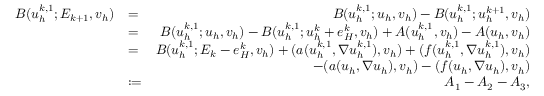
\begin{array} { r l r } { B ( u _ { h } ^ { k , 1 } ; E _ { k + 1 } , v _ { h } ) } & { = } & { B ( u _ { h } ^ { k , 1 } ; u _ { h } , v _ { h } ) - B ( u _ { h } ^ { k , 1 } ; u _ { h } ^ { k + 1 } , v _ { h } ) } \\ & { = } & { B ( u _ { h } ^ { k , 1 } ; u _ { h } , v _ { h } ) - B ( u _ { h } ^ { k , 1 } ; u _ { h } ^ { k } + e _ { H } ^ { k } , v _ { h } ) + A ( u _ { h } ^ { k , 1 } , v _ { h } ) - A ( u _ { h } , v _ { h } ) } \\ & { = } & { B ( u _ { h } ^ { k , 1 } ; E _ { k } - e _ { H } ^ { k } , v _ { h } ) + ( \boldsymbol { a } ( u _ { h } ^ { k , 1 } , \nabla u _ { h } ^ { k , 1 } ) , v _ { h } ) + ( f ( u _ { h } ^ { k , 1 } , \nabla u _ { h } ^ { k , 1 } ) , v _ { h } ) } \\ & { } & { - ( \boldsymbol { a } ( u _ { h } , \nabla u _ { h } ) , v _ { h } ) - ( f ( u _ { h } , \nabla u _ { h } ) , v _ { h } ) } \\ & { : = } & { A _ { 1 } - A _ { 2 } - A _ { 3 } , } \end{array}